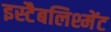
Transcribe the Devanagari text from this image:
इस्टैबलिश्मेंट